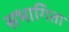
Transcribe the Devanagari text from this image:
सभागिता